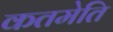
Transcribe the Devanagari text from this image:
कतमेति